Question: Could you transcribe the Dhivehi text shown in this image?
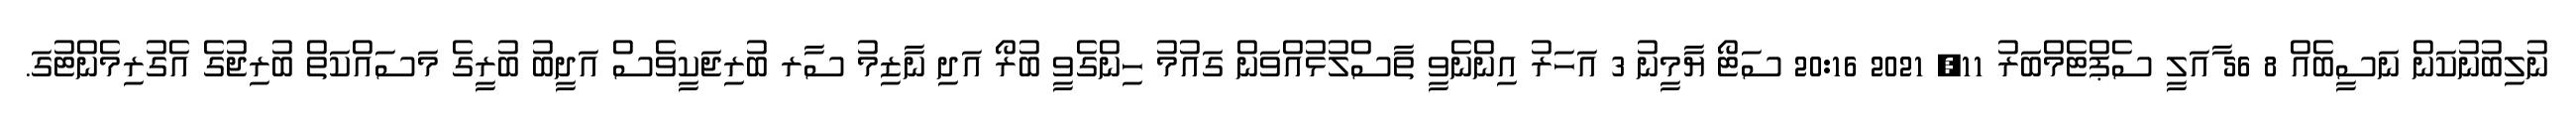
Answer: ނުލިބުނުކަން ނަސީބެއް 8 56 ާއަލީ ސެޕްޓެމްބަރު 11, 2021 20:16 ސަޓޯ ޔާމީނު 3 އަހަރު އިންނެވީ ތާސްލުޅުއްވަން ގައުމު ހިންގެވީ ބުރޯ އަދި ނާޒިމު ސާރ ބުރިޖަކީވެސް އަދީބު ބުރީގެ މަސައްކަތް ބުރިޖުގެ އެގުރިމެންޓުގަ.